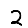
Digit: 2